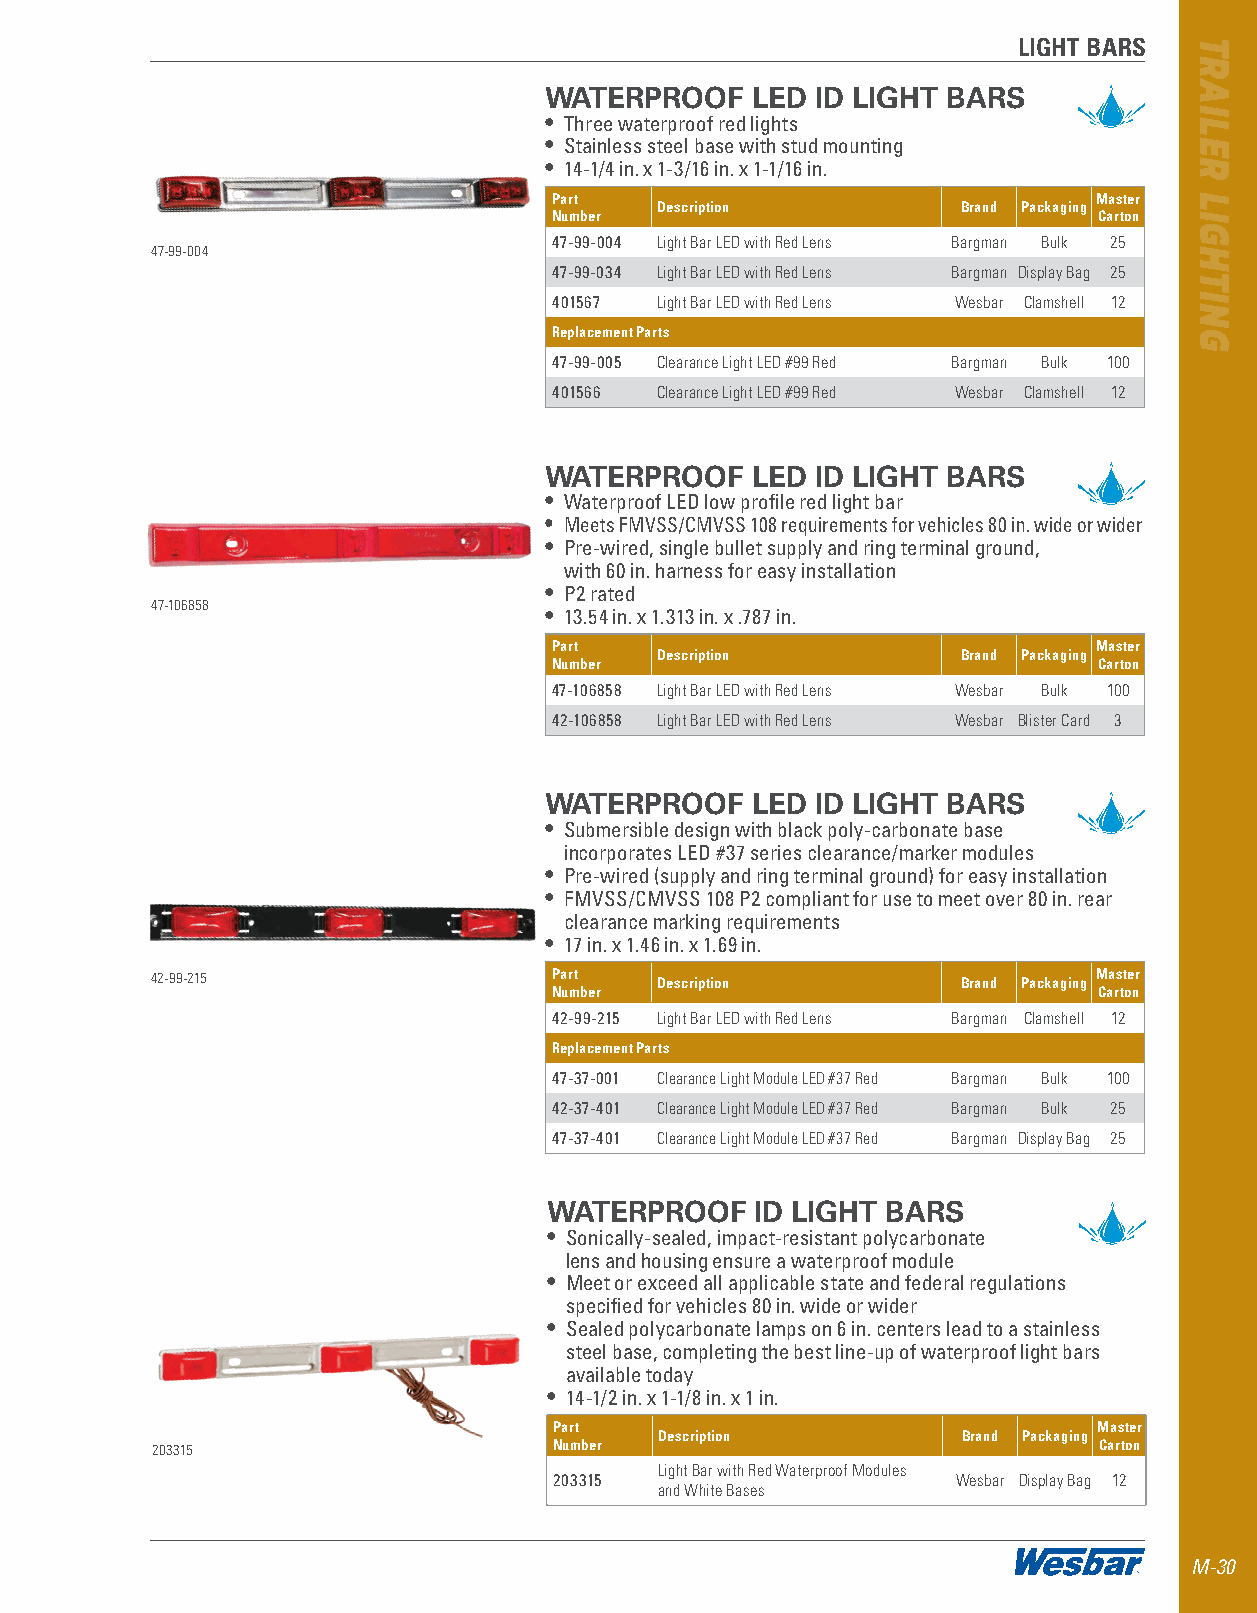
LIGHT BARS
 WATERPROOF    LED ID LIGHT BARS
 • Three waterproof red lights
 • Stainless steel base with stud mounting
 • 14-1/4 in . x 1-3/16 in . x 1-1/16 in .
 Part                                Master
 Description          Brand Packaging
 Number                              Carton
 47-99-004 Light Bar LED with Red Lens Bargman Bulk 25
 47-99-004
 47-99-034 Light Bar LED with Red Lens Bargman Display Bag 25
 401567 Light Bar LED with Red Lens Wesbar Clamshell 12
 Replacement Parts
 47-99-005 Clearance Light LED #99 Red Bargman Bulk 100
 401566 Clearance Light LED #99 Red Wesbar Clamshell 12
 WATERPROOF    LED ID LIGHT BARS
 • Waterproof LED low profile red light bar
 • Meets FMVSS/CMVSS 108 requirements for vehicles 80 in . wide or wider
 • Pre-wired, single bullet supply and ring terminal ground,
 with 60 in . harness for easy installation
 • P2 rated
 47-106858                 • 13 .54 in . x 1 .313 in . x  .787 in .
 Part                                Master
 Description          Brand Packaging
 Number                              Carton
 47-106858 Light Bar LED with Red Lens Wesbar Bulk 100
 42-106858 Light Bar LED with Red Lens Wesbar Blister Card 3
 WATERPROOF    LED ID LIGHT BARS
 • Submersible design with black poly-carbonate base
 incorporates LED #37 series clearance/marker modules
 • Pre-wired (supply and ring terminal ground) for easy installation
 • FMVSS/CMVSS 108 P2 compliant for use to meet over 80 in . rear
 clearance marking requirements
 • 17 in . x 1 .46 in . x 1 .69 in .
 42-99-215                  Part  Description          Brand Packaging Master
 Number                              Carton
 42-99-215 Light Bar LED with Red Lens Bargman Clamshell 12
 Replacement Parts
 47-37-001 Clearance Light Module LED #37 Red Bargman Bulk 100
 42-37-401 Clearance Light Module LED #37 Red Bargman Bulk 25
 47-37-401 Clearance Light Module LED #37 Red Bargman Display Bag 25
 WATERPROOF    ID LIGHT BARS
 • Sonically-sealed, impact-resistant polycarbonate
 lens and housing ensure a waterproof module
 • Meet or exceed all applicable state and federal regulations
 specified for vehicles 80 in . wide or wider
 • Sealed polycarbonate lamps on 6 in . centers lead to a stainless
 steel base, completing the best line-up of waterproof light bars
 available today
 • 14-1/2 in . x 1-1/8 in . x 1 in .
 Part                                Master
 Description         Brand Packaging
 203315                     Number                              Carton
 Light Bar with Red Waterproof Modules
 203315                    Wesbar Display Bag 12
 and White Bases
 M-30
 TRAILER
 LIGHTING